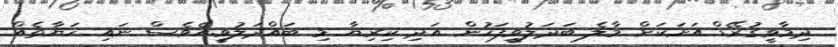
ދިމާވީގުރޭޑް އަށަކަށް މާލެ ބަދަލުވީފަހުން އަދި ކިރިޔާ މި ބައްދަލުވީ.އެވެސް ނައި ހަޔާތެއް